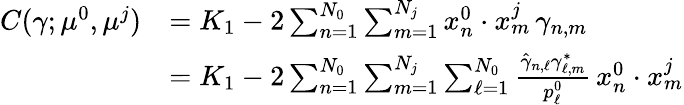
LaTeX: \begin{array}{rl}{C(\gamma;\mu^{0},\mu^{j})}&{=K_{1}-2\sum_{n=1}^{N_{0}}\sum_{m=1}^{N_{j}}x_{n}^{0}\cdot x_{m}^{j}\, \gamma_{n,m}}\\ &{=K_{1}-2\sum_{n=1}^{N_{0}}\sum_{m=1}^{N_{j}}\sum_{\ell=1}^{N_{0}}\frac{\hat{\gamma}_{n,\ell}\gamma_{\ell,m}^{*}}{p_{\ell}^{0}}\, x_{n}^{0}\cdot x_{m}^{j}}\end{array}